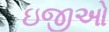
ઇજીઓ